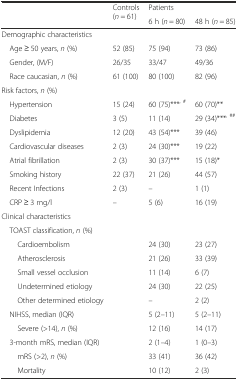
| <ROWSPAN=2>  | <ROWSPAN=2> Controls (n = 61) | Patients |  |
 | 6 h (n = 80) | 48 h (n = 85) |
 | --- | --- | --- | --- |
 | <COLSPAN=4> Demographic characteristics |
 | Age ≥ 50 years, n (%) | 52 (85) | 75 (94) | 73 (86) |
 | Gender, (M/F) | 26/35 | 33/47 | 49/36 |
 | Race caucasian, n (%) | 61 (100) | 80 (100) | 82 (96) |
 | <COLSPAN=4> Risk factors, n (%) |
 | Hypertension | 15 (24) | 60 (75)***, # | 60 (70)** |
 | Diabetes | 3 (5) | 11 (14) | 29 (34)***, ## |
 | Dyslipidemia | 12 (20) | 43 (54)*** | 39 (46) |
 | Cardiovascular diseases | 2 (3) | 24 (30)*** | 19 (22) |
 | Atrial fibrillation | 2 (3) | 30 (37)*** | 15 (18)* |
 | Smoking history | 22 (37) | 21 (26) | 44 (57) |
 | Recent Infections | 2 (3) | – | 1 (1) |
 | CRP ≥ 3 mg/l | – | 5 (6) | 16 (19) |
 | <COLSPAN=4> Clinical characteristics |
 | TOAST classification, n (%) |  |  |  |
 | Cardioembolism |  | 24 (30) | 23 (27) |
 | Atherosclerosis |  | 21 (26) | 33 (39) |
 | Small vessel occlusion |  | 11 (14) | 6 (7) |
 | Undetermined etiology |  | 24 (30) | 22 (25) |
 | Other determined etiology |  | – | 2 (2) |
 | NIHSS, median (IQR) |  | 5 (2–11) | 5 (2–11) |
 | Severe (>14), n (%) |  | 12 (16) | 14 (17) |
 | 3-month mRS, median (IQR) |  | 2 (1–4) | 1 (0–3) |
 | mRS (>2), n (%) |  | 33 (41) | 36 (42) |
 | Mortality |  | 10 (12) | 2 (3) |